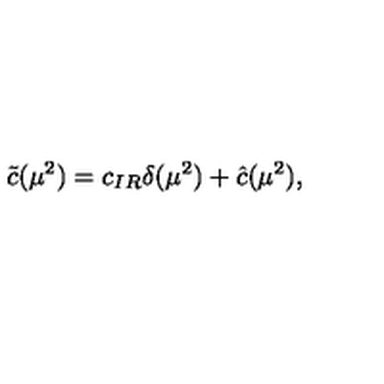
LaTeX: \nonumber \tilde { c } ( \mu ^ { 2 } ) = c _ { I R } \delta ( \mu ^ { 2 } ) + \hat { c } ( \mu ^ { 2 } ) ,